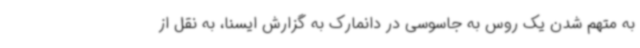
به متهم شدن یک روس به جاسوسی در دانمارک به گزارش ایسنا، به نقل از